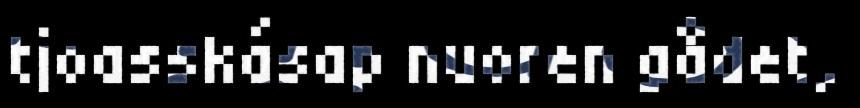
tjoasskásap nuoren gådet,